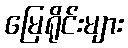
မြေရိုင်းများ